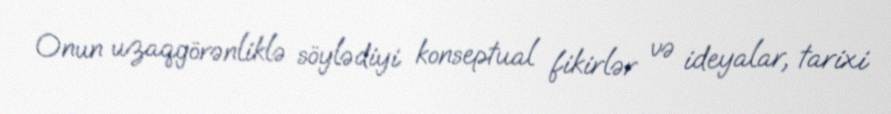
Onun uzaqgörənliklə söylədiyi konseptual fikirlər və ideyalar, tarixi